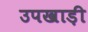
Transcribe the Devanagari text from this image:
उपखाड़ी